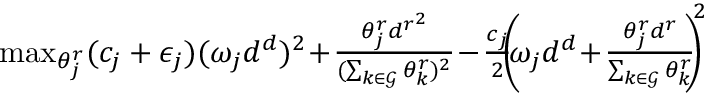
\begin{array} { r l } { \! \! } & { \! \! \! \operatorname* { m a x } _ { \theta _ { j } ^ { r } } ( c _ { j } + \epsilon _ { j } ) ( \omega _ { j } d ^ { d } ) ^ { 2 } \! + \! \frac { \theta _ { j } ^ { r } { d ^ { r } } ^ { 2 } } { ( \sum _ { k \in \mathcal { G } } \theta _ { k } ^ { r } ) ^ { 2 } } \! - \! \frac { c _ { j } } { 2 } \! \! { \left( \! \! \omega _ { j } d ^ { d } \! + \! \frac { \theta _ { j } ^ { r } d ^ { r } } { \sum _ { k \in \mathcal { G } } \theta _ { k } ^ { r } } \! \! \right) \! \! } ^ { 2 } } \end{array}